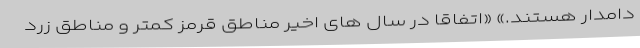
دامدار هستند.» «اتفاقا در سال های اخیر مناطق قرمز کمتر و مناطق زرد